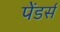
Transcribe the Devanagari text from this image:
पेंडर्स